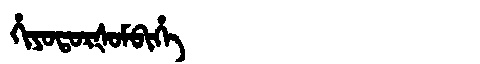
Manchu: ᡥᡳᠶᠣᡨᠣᡵᡧᠣᠮᠪᡳᡥᡝ
Romanization: HIYOTORŠOMBIHE